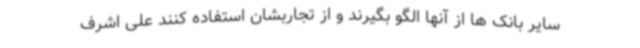
سایر بانک ها از آنها الگو بگیرند و از تجاربشان استفاده کنند علی اشرف